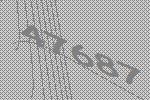
47687